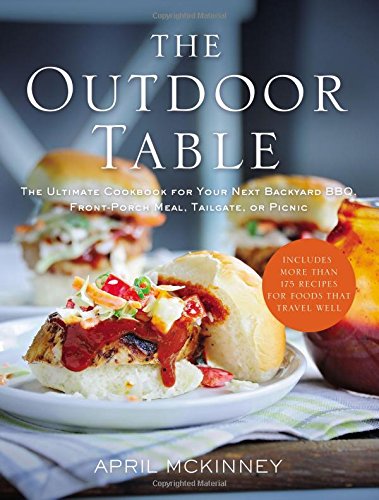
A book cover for The Outdoor Table: The Ultimate Cookbook for Your Next Backyard BBQ, Front-Porch Meal, Tailgate, or Picnic; April McKinney; Cookbooks, Food & Wine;